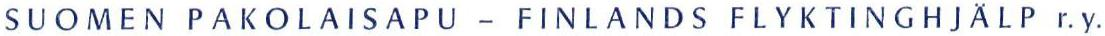
SUOMEN PAKOLAISAPU - FINLANDS FLYKTINGHJÄLP r.y.